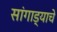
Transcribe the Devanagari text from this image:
सांगाड्याचे